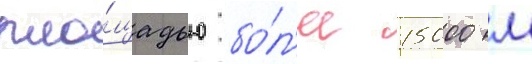
пло́щадью бо́л'ее 15000 м